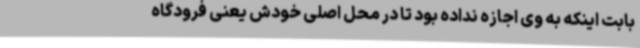
بابت اینکه به وی اجازه نداده بود تا در محل اصلی خودش یعنی فرودگاه